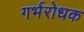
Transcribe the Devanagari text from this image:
गर्भरोधक